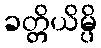
ခတ္တိယိမ္ပိ